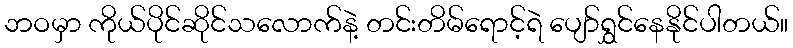
ဘဝမှာ ကိုယ်ပိုင်ဆိုင်သလောက်နဲ့ တင်းတိမ်ရောင့်ရဲ ပျော်ရွှင်နေနိုင်ပါတယ်။